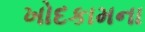
ખોદકામના